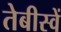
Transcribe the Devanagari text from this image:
तेबीस्वें